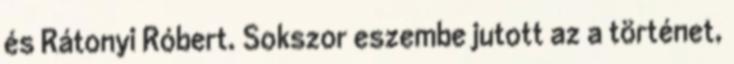
és Rátonyi Róbert. Sokszor eszembe jutott az a történet,